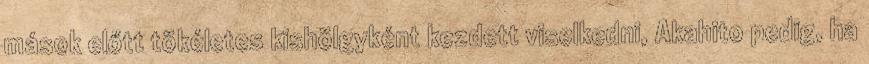
mások előtt tökéletes kishölgyként kezdett viselkedni, Akahito pedig, ha